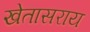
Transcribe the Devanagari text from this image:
खेतासराय